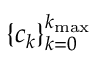
\{ c _ { k } \} _ { k = 0 } ^ { k _ { \mathrm { m a x } } }